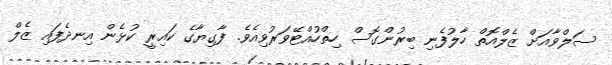
ސަލްވާއަށް ޒެލްއޮތް ހާލުފެނި ބިރުންގޮސް ހިތްހުއްޓޭވަރުވިއެވެ. ފާގިޔާގެ ކައިރީ ކުޅެން އިނދެފައި ޒެލް